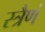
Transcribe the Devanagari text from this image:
स्त्रैणं